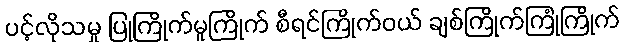
ပင့်လိုသမှု ပြုကြိုက်မူကြိုက် စီရင်ကြိုက်ဝယ် ချစ်ကြိုက်ကြုံကြိုက်